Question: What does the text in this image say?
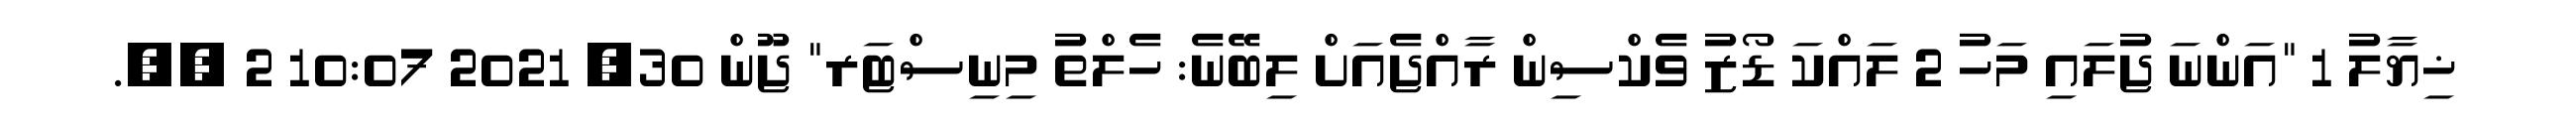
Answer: ޚިޔާލު 1 "އަންނަ ޖުލައި މަހު 2 ލައްކަ ޑޯޒު ވެކްސިން ރާއްޖެއަށް ލިބޭނެ: ހެލްތު މިނިސްޓަރ" ޖޫން 30, 2021 10:07 2 ??.